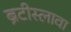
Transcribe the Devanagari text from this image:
ब्रेटीस्लावा